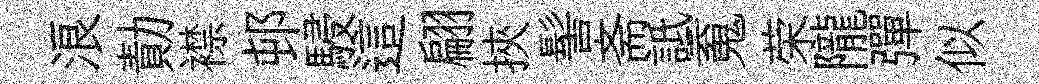
浪勣襟邨駸這翩挾髻斋詆䰟荣隴彈似